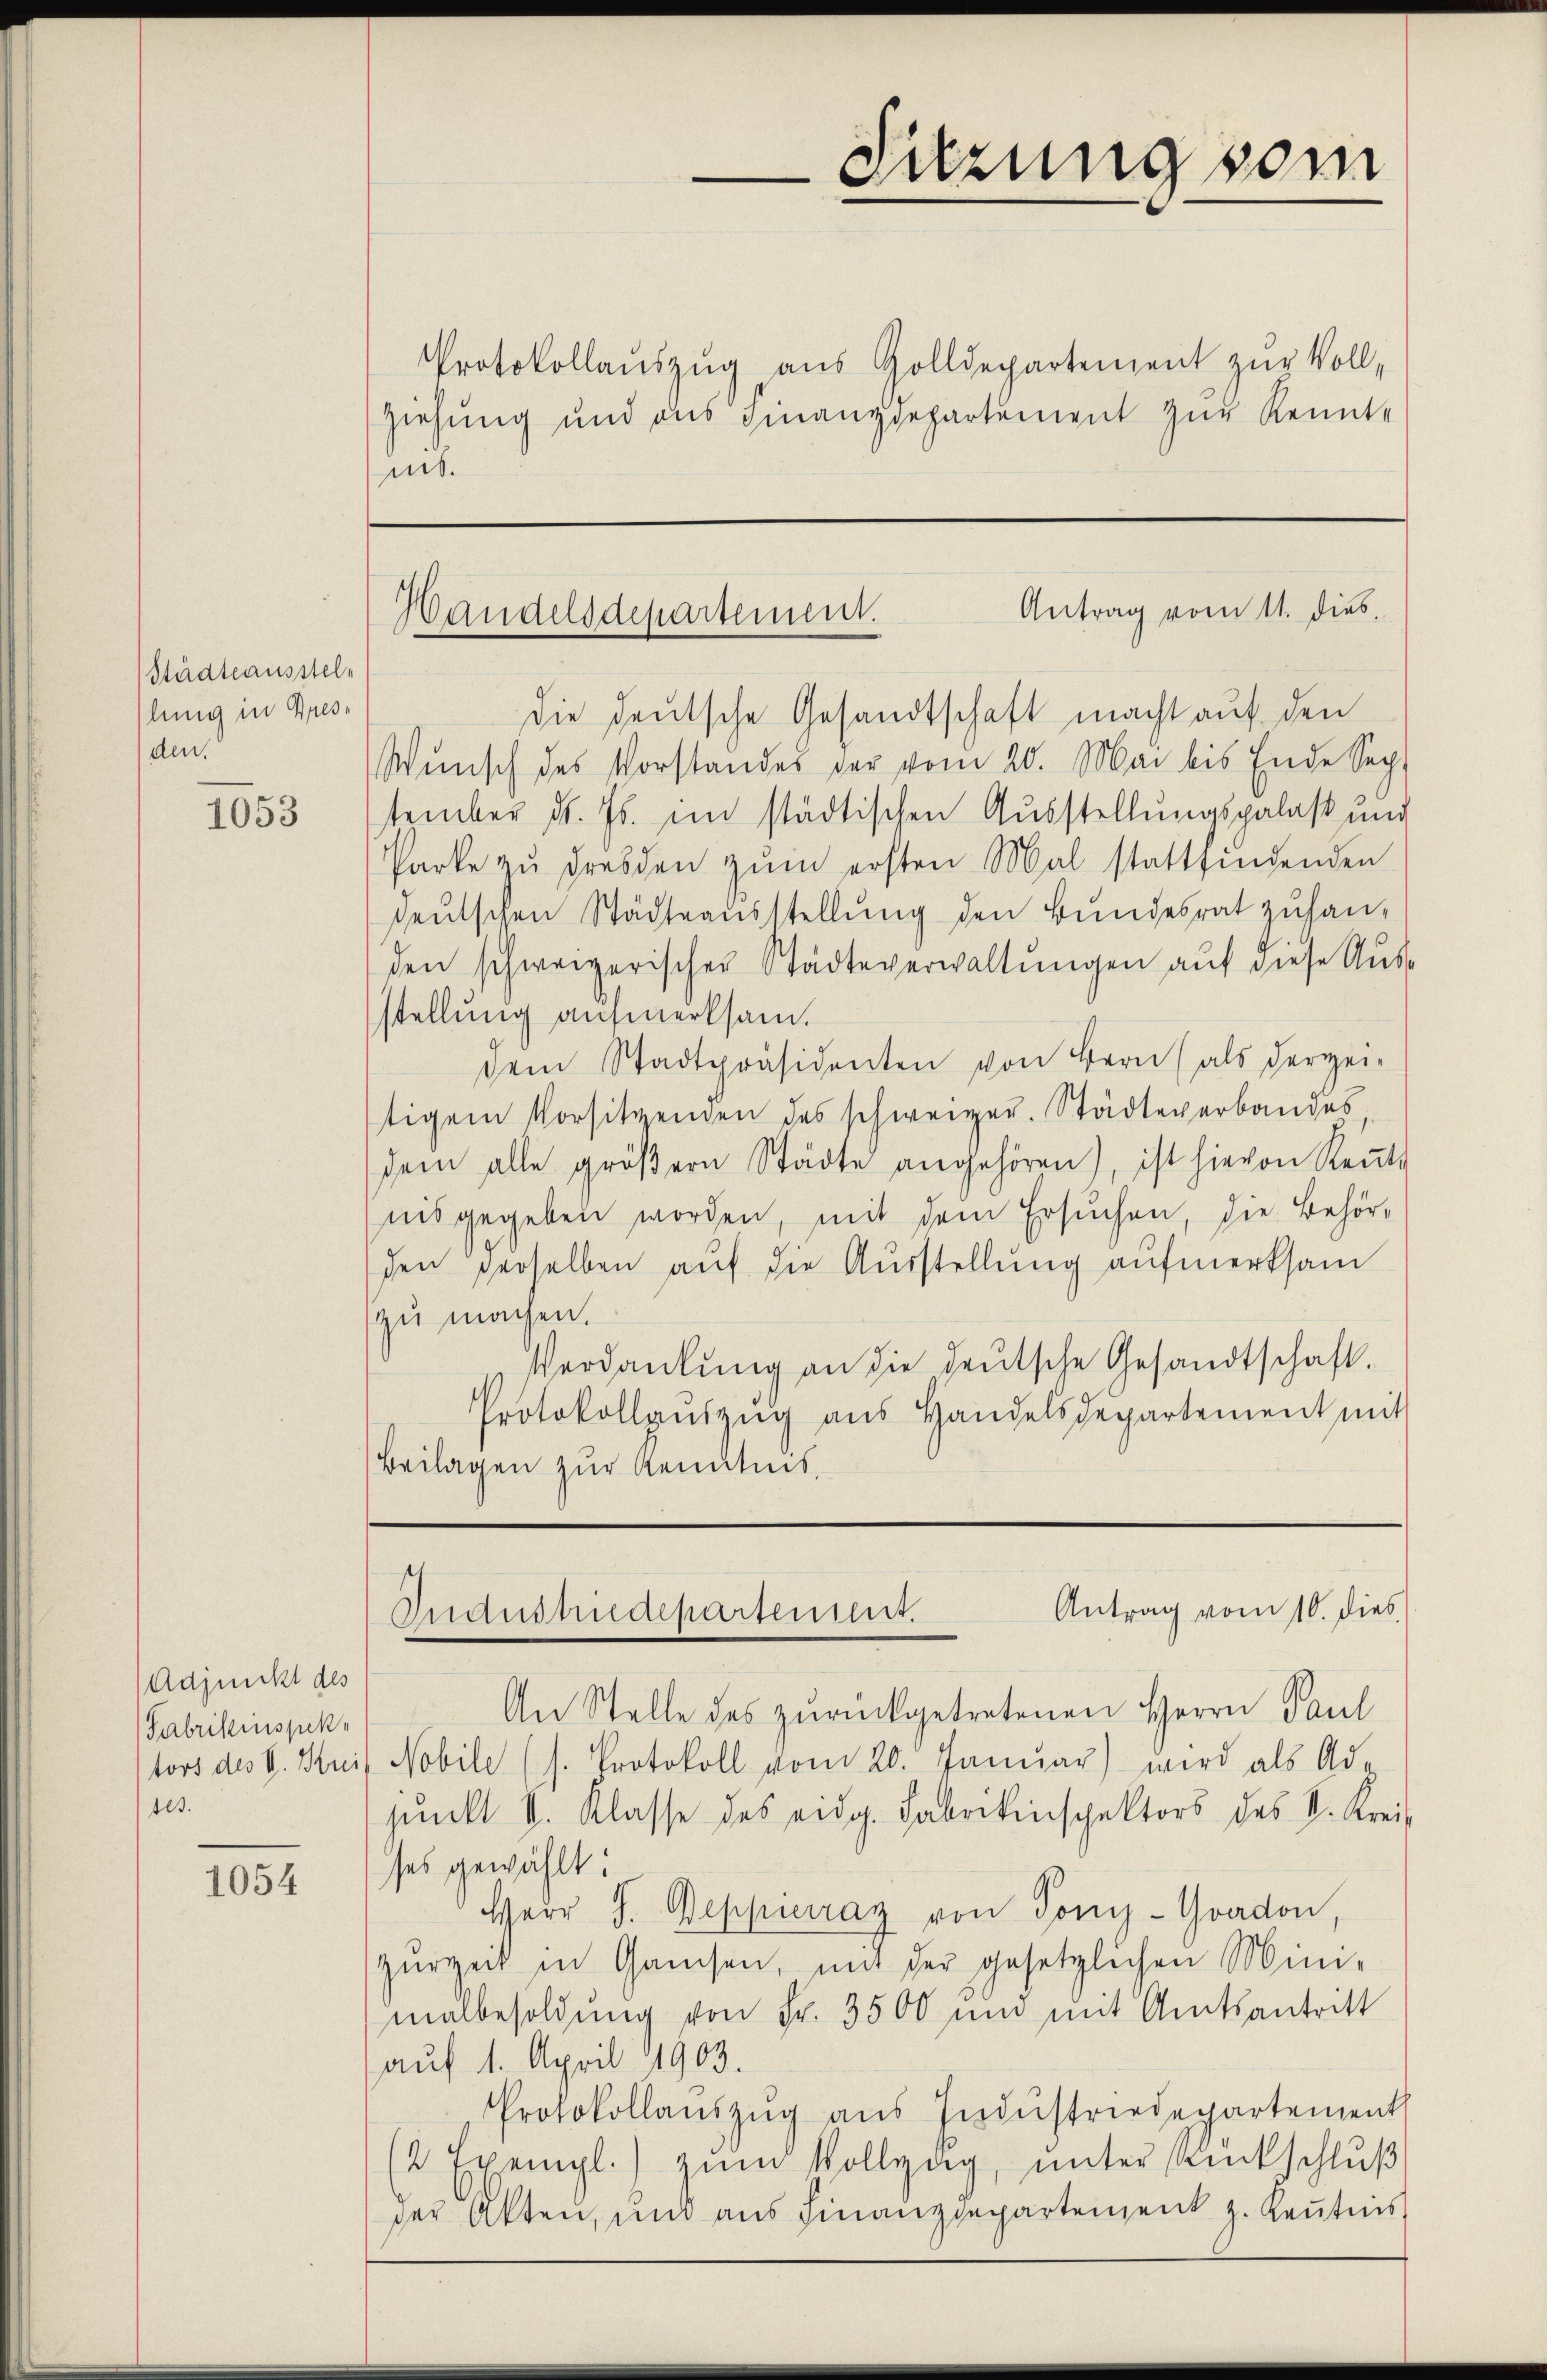
Städteausstellung in Bresden.

1053

Adjunckt des
(Fabrikenspektl.

1054

Protokollaŭszŭg aŭs Zolldepartement zŭr Voll-
Ziehung und aus Finanzdepartement zur Kennte
it.

die deutsche Gesandtschaft macht auf den
Wŭnsch des Vorstandes der vom 20. Mai bis Ende Sep-
tember d. Js. im städtischen Ausstellungspalast und
Parke zŭ Fresden zŭm ersten Mal stattfindenden
deŭtschen Städteaŭsstellŭng den Bundesrat zuhan-
den schweizerischer Städteverwaltungen auf diese Ausstellung aufmerksam.
dem Stadtpräsidenten von Bern (als derzei-
tigem Vorsitzenden des schweizer. Städteverbandes
dem alle gröβern Städte angehören), ist hievon Rente
nis gegeben worden, mit dem Ersuchen, die Behör-
den derselben auf die Ausstellung aufmerksam
zu machen.
Verdankung an die deutsche Gesandtschaft.
Protokollaŭszŭg aŭs Handelsdepartement mit
Beilagen zur Kenntnis.

An Stelle des zurückgetretenen Herrn Paul
tors des V. Kuis Nobile (s. Protokoll vom 20. Januar) wird als Ad-
junkt v. Klasse des eidg. Fabrikinspektors des V. Kreis
ses gewählt:
Herr J. Beppierrag von Tony-Goadon,
zŭrzeit in Gamsen, mit der gesetzlichen Mini-
malbesoldung von Fr. 3500 um mit Amtsantritt
auf 1. April 1903.
Protokollaŭszŭg aŭs Indŭstriedepartement
2 Exempl.) zŭm Vollzŭg, ŭnter Rückschlŭβ
der Akten, und aus Finanzdepartement z. Kenntnis

Sitzung vom

Antrag vom 11. dies
Handelsdepartement.

Antrag vom 10. dies
Andustriedeparten lit.